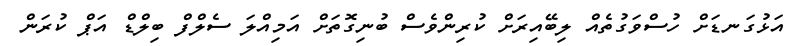
އަޅުގަނޑަށް ހުސްވަގުތެއް ލިބޭއިރަށް ކުރިންވެސް ބުނިގޮތަށް އަމިއްލަ ސެލްފް ބިލްޑް އަޕް ކުރަން